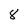
Character: 8